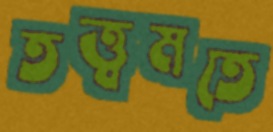
তত্ত্বমতে